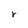
Character: r